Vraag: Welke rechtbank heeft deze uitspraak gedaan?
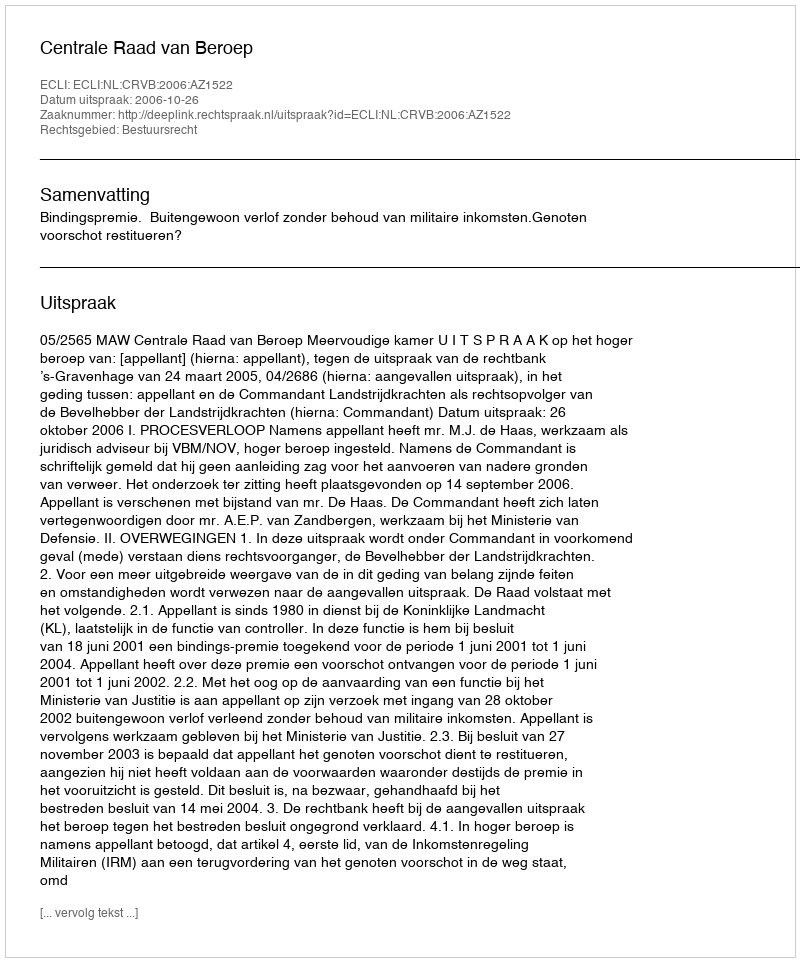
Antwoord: Centrale Raad van Beroep